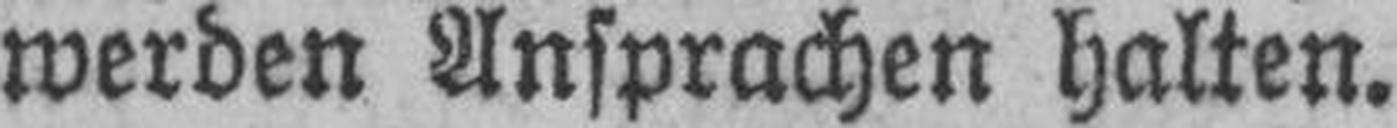
werden Ansprachen halten.